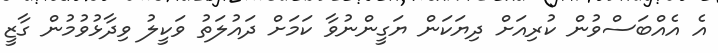
އެ އެއްބަސްވުން ކުރިއަށް ދިޔަކަން ޔަގީންނުވާ ކަމަށް ދައުލަތު ވަކީލު ވިދާޅުވުމުން ގާޒީ